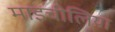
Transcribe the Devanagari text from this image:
माइचीलिया